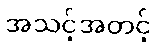
အသင့်အတင့်